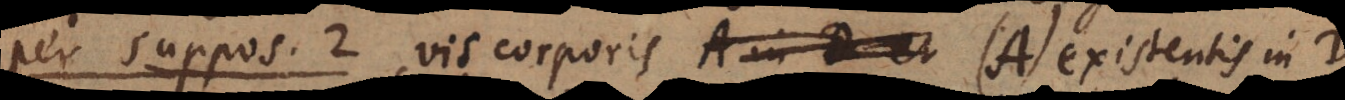
per suppos. 2, vis corporis (A) existentis in D,